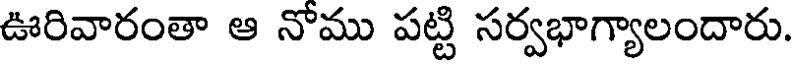
ఊరివారంతా ఆ నోము పట్టి సర్వభాగ్యాలందారు.